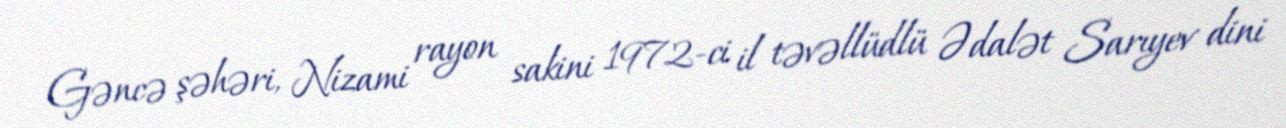
Gəncə şəhəri, Nizami rayon sakini 1972-ci il təvəllüdlü Ədalət Sarıyev dini